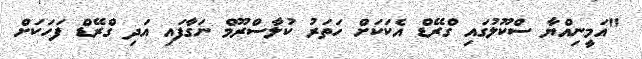
"އަމީނިއްޔާ ސްކޫލުގައި ގްރޭޑް އެކަކަށް ހަތަރު ކުލާސްރޫމް ނަގާފައި އަދި ގްރޭޑް ފަހަކަށް